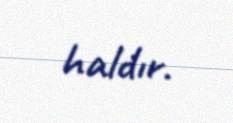
haldır.